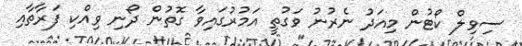
ސިވިލް ކޯޓުން މިއަދު ނެރުނު ވަގުތީ އަމުރުގައިވާ ގޮތުން ދޯނި ވިއްކި ފަރާތާއި